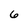
Character: 6